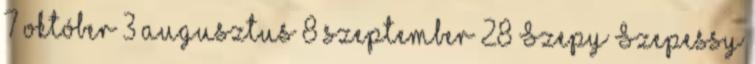
7 október 3 augusztus 8 szeptember 28 Szepy Szepessy